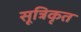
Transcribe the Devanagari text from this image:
सूत्रिकृत